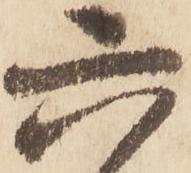
六